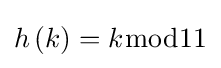
h\left(k\right)=k{\bmod {1}}1